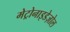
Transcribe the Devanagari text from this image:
मेट्रोनाइडेज़ोल